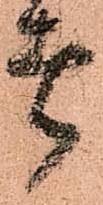
者